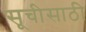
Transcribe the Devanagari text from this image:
सूचीसाठी